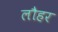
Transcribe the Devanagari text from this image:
लौहर